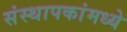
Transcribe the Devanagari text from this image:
संस्थापकांमध्ये